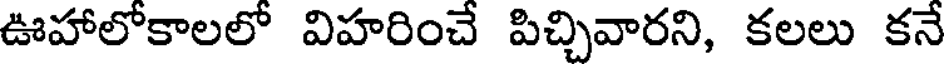
ఊహాలోకాలలో విహరించే పిచ్చివారని, కలలు కనే